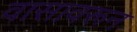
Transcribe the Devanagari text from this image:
वासावरून